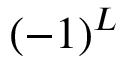
\left( - 1 \right) ^ { L }